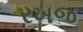
રખજ